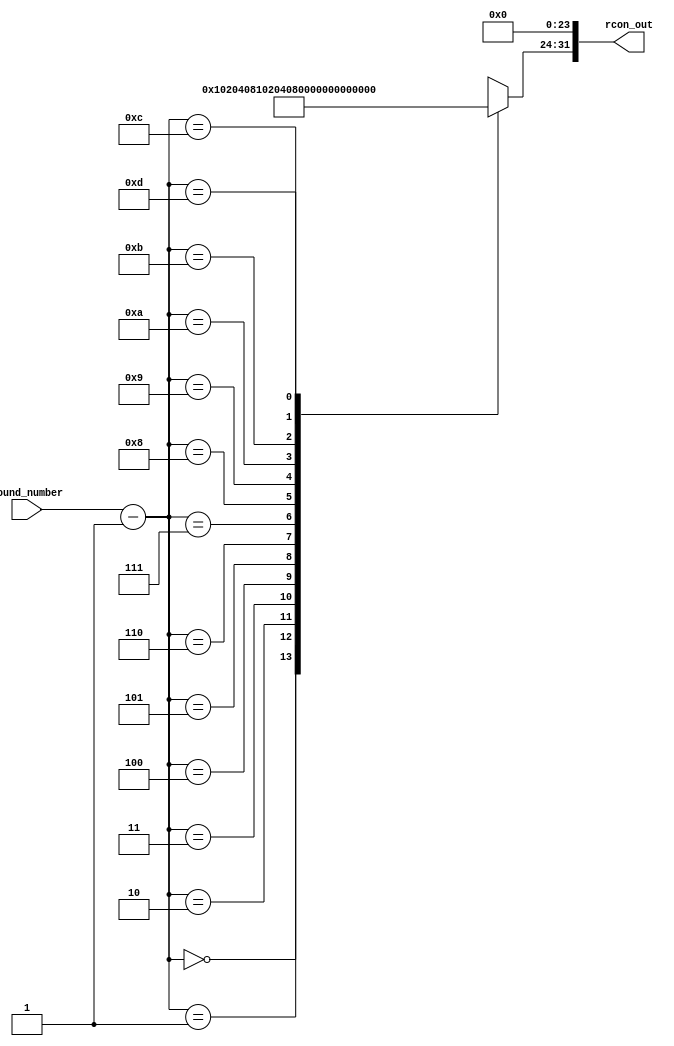
module Rcon(round_number, rcon_out); 	// Rcon module.

	parameter BYTE = 8; // The size of byte is 8 bits.
	parameter WORD = 32; // The size of word is 32 bits.
	parameter ZERO = 0; // Zero.
	parameter THREE = 3; // Do Not Change.
	parameter MAX_ROUNDS = 14; // Max number of rounds (10, 12 or 14).
	parameter Nb = 128; // The number of bits in the plain text, cipher, key.
	parameter Nr = 10; // Parameter that holds the number of rounds.

// Inputs
input [THREE:ZERO] round_number;

// Outputs
output [WORD-1:ZERO] rcon_out;

wire [WORD-1:ZERO] rcon_msb_temp;
wire [BYTE-1:ZERO] Rcon_array[ZERO:MAX_ROUNDS-1];

// For each round, return the corelating number from the Rcon array as the 8 MSB's followed by 24 zeros  

assign Rcon_array[8'h00] = 8'h01;
assign Rcon_array[8'h01] = 8'h02;
assign Rcon_array[8'h02] = 8'h04;
assign Rcon_array[8'h03] = 8'h08;
assign Rcon_array[8'h04] = 8'h10;
assign Rcon_array[8'h05] = 8'h20;
assign Rcon_array[8'h06] = 8'h40;
assign Rcon_array[8'h07] = 8'h80;
assign Rcon_array[8'h08] = 8'h1B;
assign Rcon_array[8'h09] = 8'h36;
assign Rcon_array[8'h0A] = 8'h6C;
assign Rcon_array[8'h0B] = 8'hD8;
assign Rcon_array[8'h0C] = 8'hAB;
assign Rcon_array[8'h0D] = 8'h4D;

assign rcon_out = { Rcon_array[round_number-1], 24'h0 };

endmodule // End of module.